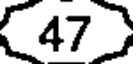
47